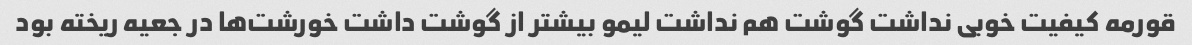
قورمه کیفیت خوبی نداشت گوشت هم نداشت لیمو بیشتر از گوشت داشت خورشت‌ها در جعیه ریخته بود